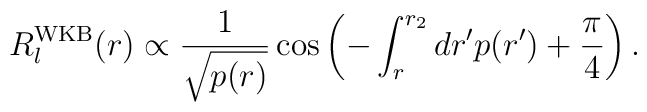
R_{l}^{\rm WKB}(r) \propto \frac{1}{\sqrt{p(r)}} \cos \left( -\int_{r}^{r_{2}} dr' p(r') + \frac{\pi}{4} \right).